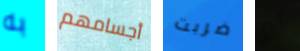
به أجسامهم ضربت لم